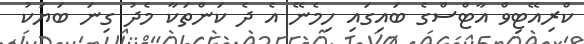
ކްރިއޭޓިވް އާޓްސްގެ ބައިގައި ހިމެނޭ އެ ދެ ކަންތަކާ މެދު ގިނަ ބަޔަކު